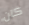
كان